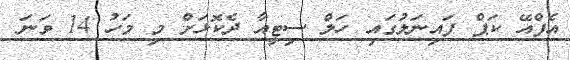
އެފްއޭ ކަޕް ފައިނަލުގައި ހަލް ސިޓީއާ ދެކޮޅަށް މި މަހު 14 ވަނަ